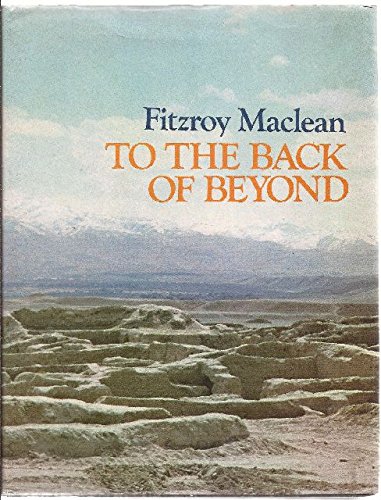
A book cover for To the Back of Beyond: An Illustrated Companion to Central Asia and Mongolia; Fitzroy, Sir, Bart. MacLean; Travel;